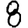
Digit: 8